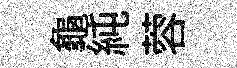
龜純蓉